Burma Government Medical School reports 1923-41
Year: 1923
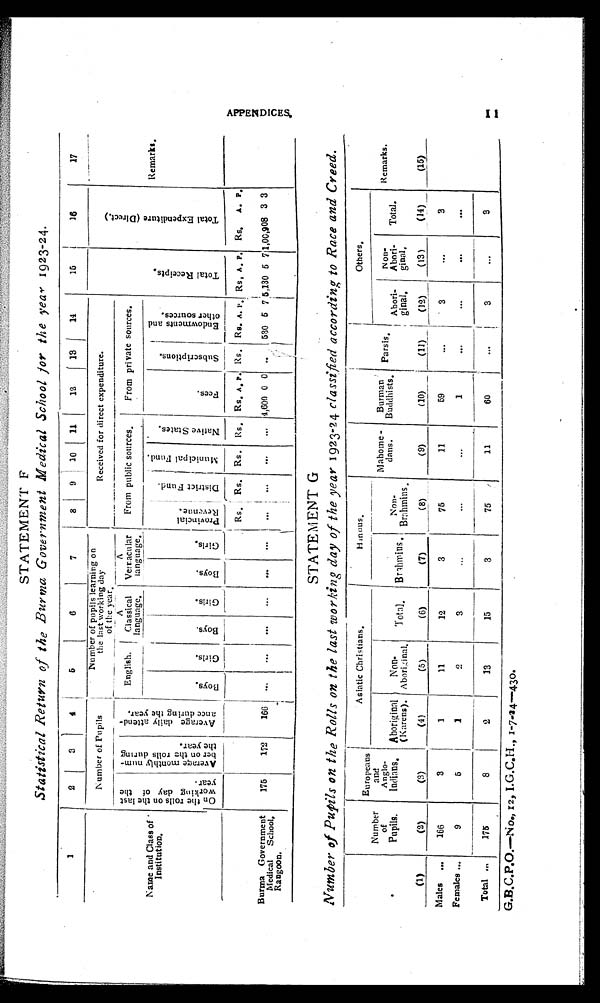
APPENDICES. 11
STATEMENT F
Statistical Return of the Burma Government Medical School for the year 1923-24.
1
2
3
4
5
6
7
8
9
10
11
l2
13
14
15
16
17
Number of Pupils
Number of pupils learning on
the last working day
o f t h e y e a r .
Received for direct expenditure.
T o t a l R e c e i p t s .
T o t a l E x p e n d i t u r e ( D i r e c t . )
Remarks.
Name and Class of
Institution.
O n t h e r o l l s o n t h e l a s t w o r k i n g d a y o f t h e y e a r .
A v e r a g e m o n t h l y n u m - b e r o n t h e r o l l s d u r i n g t h e y e a r .
A v e r a g e d a i l y a t t e n d - a n c e d u r i n g t h e y e a r . 0
English.
A
Classical
language,
A
Vernacular
language.
From public sources.
From private sources.
B o y s .
G i r l s .
B o y s .
G i r l s .
B o y s .
G i r l s .
P r o v i n c i a l R e v e n u e .
D i s t r i c t F u n d .
Muni ci pal Fund.
N a t i v e S t a t e s .
Fees.
S u b s c r i p t i o n s .
E n d o w m e n t s a n d o t h e r s o u r c e s .
Rs. Rs. Rs. Rs. Rs. A. P. Rs. Rs. A.
P.
Rs. A. P. Rs.
A. P.
Burma Government
Medical School,
Rangoon.
175
172
166 ...
...
...
...
...
. . .
...
...
. . .
... 4,600 0 0 ... 530 5 7 5,130 5 7 1,00,908 3 3
STATEMENT G
Number of Pupils on the Rolls on the last working day of the year 1923-24 classified according to Race and Creed.
Number
of
Pupils.
Europeans
and
Anglo-
Indians.
Asiatic Christians.
H i n d u s .
Mahome-
dans.
Burman
Buddhists. Parsis.
O t h e r s .
Remarks.
Aboriginal
(Karens).
Non-
Aboriginal. Total.
Brahmins.
Non-
Brahmins.
Abori-
ginal.
Non-
Abori-
ginal.
Total.
(1)
(2)
( 3 )
(4)
(5)
(6)
(7)
(8)
(9)
(10)
(11) (12)
(13)
(14)
(15)
Males ...
166
3
1
11
12
3
75
11
59
. . .
3
. . .
3
Females ...
9
5
1
2
3
. . . ...
...
1
...
. . .
. . .
. . .
Total ...
175
8
2
13
15
3
75
11
60
. . .
3
. . .
3
G.B.C.P.O.—No., 12, I.G.C.H., 1-7-24—430.